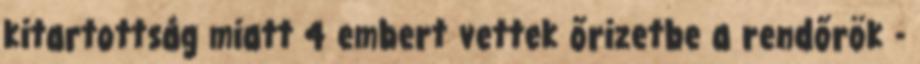
kitartottság miatt 4 embert vettek őrizetbe a rendőrök -